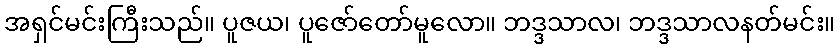
အရှင်မင်းကြီးသည်။ ပူဇယ၊ ပူဇော်တော်မူလော။ ဘဒ္ဒသာလ၊ ဘဒ္ဒသာလနတ်မင်း။